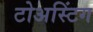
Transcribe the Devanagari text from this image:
टोअस्टिंग